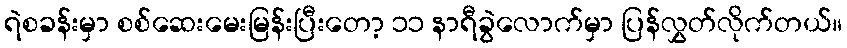
ရဲစခန်းမှာ စစ်ဆေးမေးမြန်းပြီးတော့ ၁၁ နာရီခွဲလောက်မှာ ပြန်လွှတ်လိုက်တယ်။